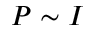
P \sim I